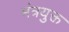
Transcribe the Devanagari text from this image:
मंत्रयुक्त